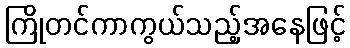
ကြိုတင်ကာကွယ်သည့်အနေဖြင့်